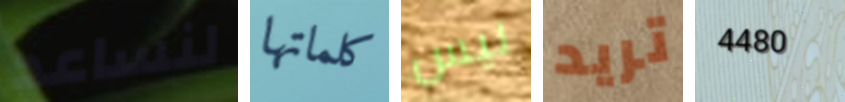
لنساعد كلماتها ليس تريد 4480